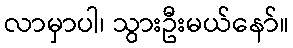
လာမှာပါ၊ သွားဦးမယ်နော်။